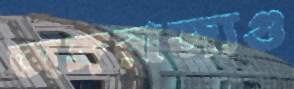
অঙ্গরাজ্যগু